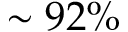
\sim 9 2 \%